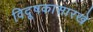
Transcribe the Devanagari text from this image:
विदूषकासारखे